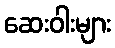
ဆေးဝါးများ